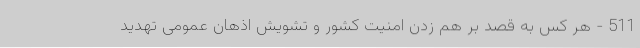
511 - هر کس به قصد بر هم‌ زدن امنیت کشور و تشویش اذهان عمومی تهدید